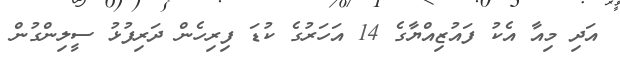
އަދި މިއާ އެކު ފައުޒިއްޔާގެ 14 އަހަރުގެ ކުޑަ ފިރިހެން ދަރިފުޅު ސީލިންގުން